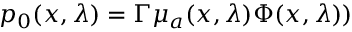
p _ { 0 } ( { x } , \lambda ) = \Gamma \mu _ { a } ( { x } , \lambda ) \Phi ( { x } , \lambda ) )